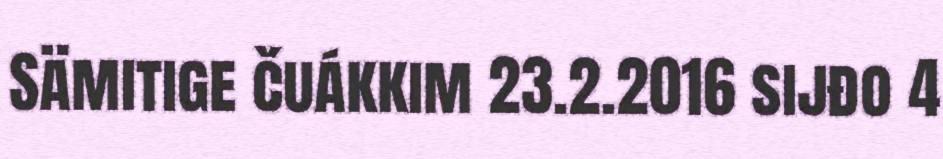
Sämitige čuákkim 23.2.2016 sijđo 4